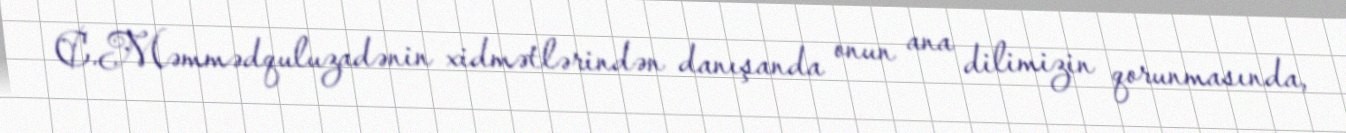
C.Məmmədquluzadənin xidmətlərindən danışanda onun ana dilimizin qorunmasında,